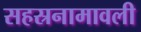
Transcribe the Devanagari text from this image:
सहस्रनामावली